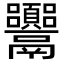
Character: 𩱴